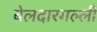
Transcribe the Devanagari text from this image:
बेलदारगल्ली